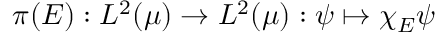
\pi ( E ) : L ^ { 2 } ( \mu ) \to L ^ { 2 } ( \mu ) : \psi \mapsto \chi _ { E } \psi